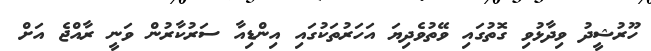
ހޫރުޝީދު ވިދާޅުވި ގޮތުގައި ވޭތުވެދިޔަ އަހަރުތަކުގައި އިންޑިއާ ސަރުކާރުން ވަނީ ރާއްޖެ އަށް